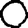
Digit: 0